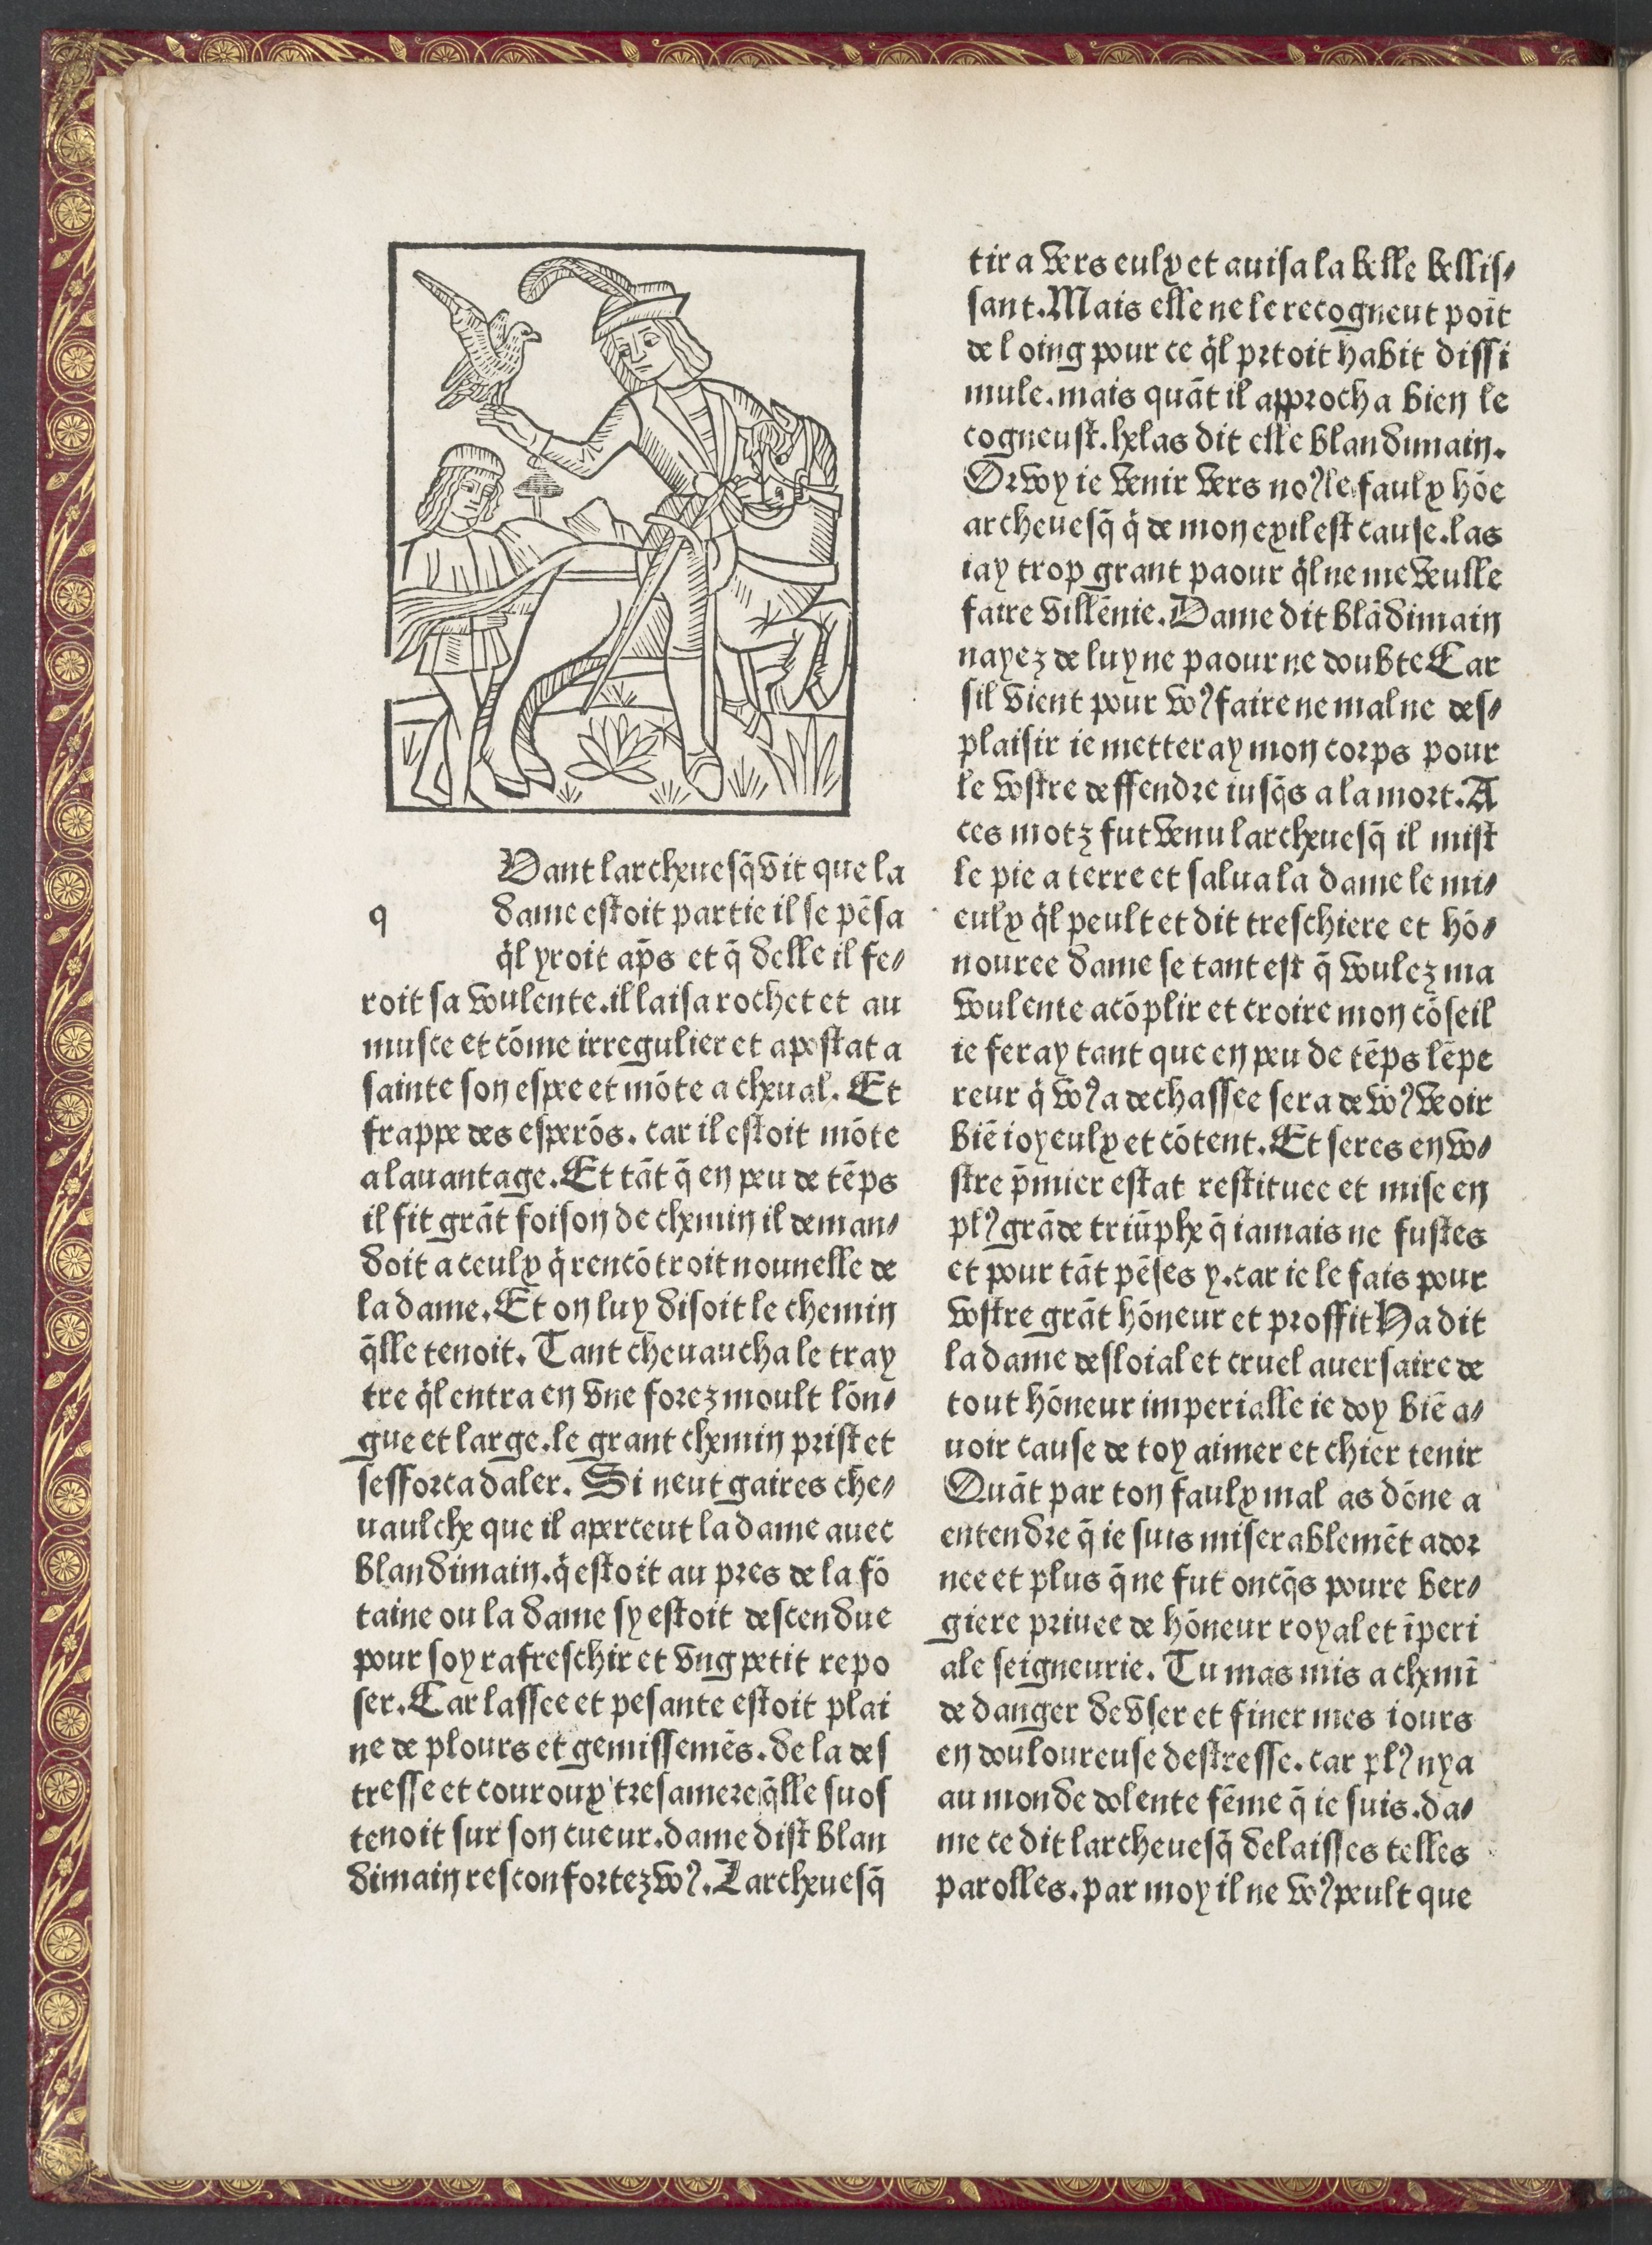
Shelfmark: Paris, BnF, Rés. Y2-82
Century: 15